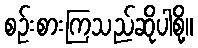
စဉ်းစားကြသည်ဆိုပါစို့။